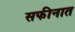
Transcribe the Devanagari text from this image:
सफीनात